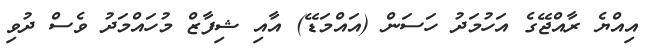
އިއްޔެ ރާއްޖޭގެ އަހުމަދު ހަސަން (އައްމަޑޭ) އާއި ޝިފާޒް މުހައްމަދު ވެސް ދުވި